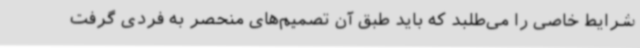
شرایط خاصی را می‌طلبد که باید طبق آن تصمیم‌های منحصر به فردی گرفت